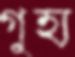
গুহ্য